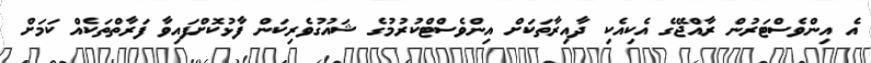
އެ އިންވެސްޓަރުން ރާއްޖޭގެ އެކިއެކި ދާއިރާތަކަށް އިންވެސްޓްކުރުމުގެ ޝައުގުވެރިކަން ފާޅުކޮށްފައިވާ ފަރާތްތަކެއް ކަމަށް